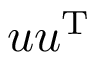
u u ^ { \mathrm { T } }